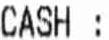
CASH: